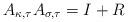
LaTeX: \begin{align*}A_{\kappa,{\tau}}A_{\sigma,{\tau}}=I+R\end{align*}